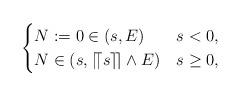
LaTeX: \begin{align*}\begin{cases}N:=0\in(s,E)&s<0,\\N\in(s,\lceil\!\lceil s\rceil\!\rceil\wedge E)&s\geq 0,\end{cases}\end{align*}